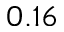
0 . 1 6